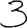
Digit: 3